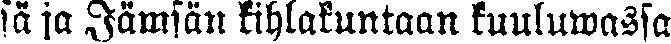
sä ja Jämsän kihlakuntaan kuuluwassa